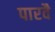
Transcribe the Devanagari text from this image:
पारवै